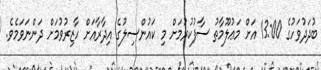
ބުދަދުވަހުގެ 13:00 އަށް މަޢުލޫމާތު ސާފުކުރުމަށް މި ކައުންސިލުގެ އިދާރާއަށް ހާޒިރުވުމަށް ދަންނަވަމެވެ.